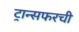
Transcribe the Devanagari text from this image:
ट्रान्सफरची